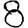
Digit: 8